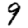
Digit: 9